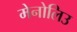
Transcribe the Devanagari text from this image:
मेनोलिउ